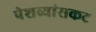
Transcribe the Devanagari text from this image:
पेशव्यांसकट